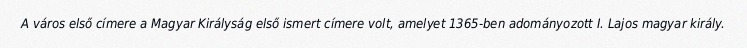
A város első címere a Magyar Királyság első ismert címere volt, amelyet 1365-ben adományozott I. Lajos magyar király.